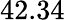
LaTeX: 42.34